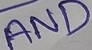
Text: AND